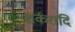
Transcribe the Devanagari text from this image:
शर्करादि